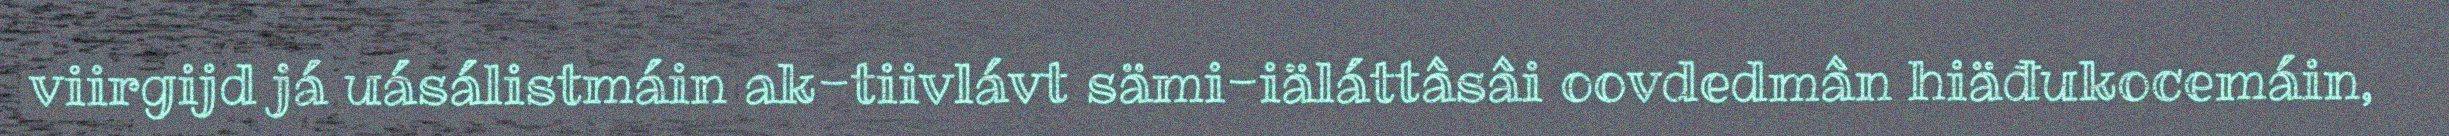
viirgijd já uásálistmáin ak-tiivlávt sämi-iäláttâsâi oovdedmân hiäđukocemáin,